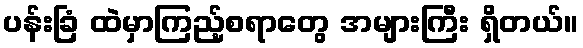
ပန်းခြံ ထဲမှာကြည့်စရာတွေ အများကြီး ရှိတယ်။